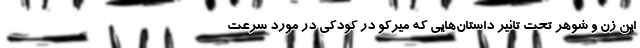
این زن و شوهر تحت تاثیر داستان‌هایی که میرکو در کودکی در مورد سرعت